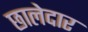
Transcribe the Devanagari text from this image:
छालेदार